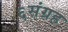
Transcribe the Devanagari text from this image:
६संग्रह